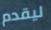
ليقدم